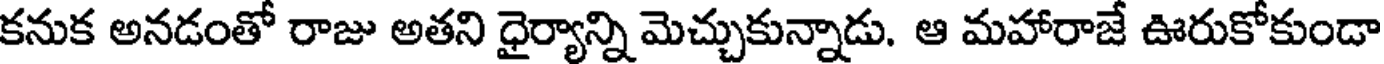
కనుక అనడంతో రాజు అతని ధైర్యాన్ని మెచ్చుకున్నాడు. ఆ మహారాజే ఊరుకోకుండా